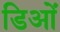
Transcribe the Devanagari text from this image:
डिओं